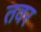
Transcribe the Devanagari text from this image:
तवर